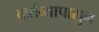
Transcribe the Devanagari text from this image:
कर्तव्यापासुन